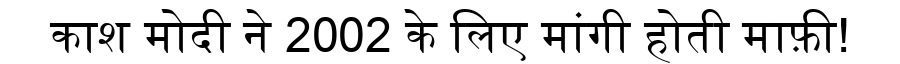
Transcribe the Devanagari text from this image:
काश मोदी ने 2002 के लिए मांगी होती माफ़ी!